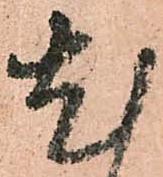
尤